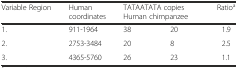
<table><thead><tr><td rowspan="2"><b>Variable Region</b></td><td rowspan="2"><b>Human coordinates</b></td><td colspan="2"><b>TATAATATA copies</b></td><td rowspan="2"><b>Ratio<sup>a</sup></b></td></tr><tr><td colspan="2"><b>Human chimpanzee</b></td></tr></thead><tbody><tr><td>1.</td><td>911-1964</td><td>38</td><td>20</td><td>1.9</td></tr><tr><td>2.</td><td>2753-3484</td><td>20</td><td>8</td><td>2.5</td></tr><tr><td>3.</td><td>4365-5760</td><td>26</td><td>23</td><td>1.1</td></tr></tbody></table>